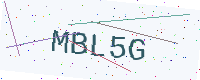
Text: MBL5G